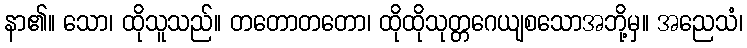
နာ၏။ သော၊ ထိုသူသည်။ တတောတတော၊ ထိုထိုသုတ္တဂေယျစသောအဘို့မှ။ အညေသံ၊